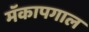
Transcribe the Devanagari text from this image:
मॅकापगाल